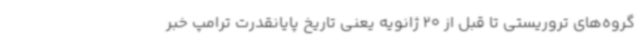
گروه‌های تروریستی تا قبل از 20 ژانویه یعنی تاریخ پایانقدرت ترامپ خبر